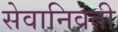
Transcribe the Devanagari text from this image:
सेवानिव्रती